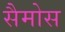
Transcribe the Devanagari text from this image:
सैमोस